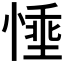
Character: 𪬗